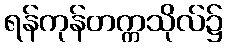
ရန်ကုန်တက္ကသိုလ်၌